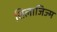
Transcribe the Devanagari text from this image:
सिलाजिज्म